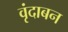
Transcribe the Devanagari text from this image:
वृंदाबन